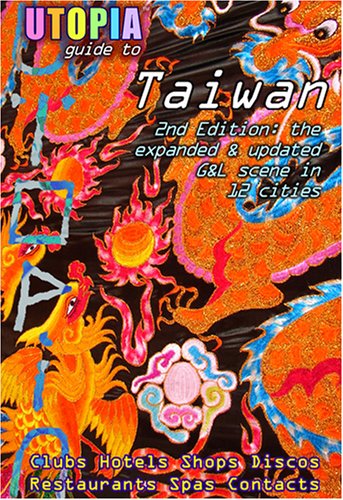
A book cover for Utopia Guide to Taiwan (2nd Edition): The Gay and Lesbian Scene in 12 Cities Including Taipei, Kaohsiung and Tainan; John Goss; Travel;